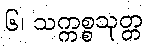
၆၊ သက္ကစ္စသုတ္တ